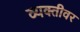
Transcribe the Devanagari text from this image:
व्‍यक्‍तीवर